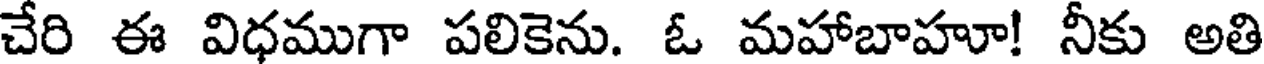
చేరి ఈ విధముగా పలికెను. ఓ మహాబాహూ! నీకు అతి